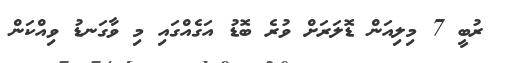
ރުބީ 7 މިލިއަން ޑޮލަރަށް ވުރެ ބޮޑު އަގެއްގައި މި ވާގަނޑު ވިއްކަން